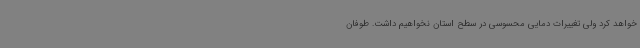
خواهد کرد ولی تغییرات دمایی محسوسی در سطح استان نخواهیم داشت. طوفان